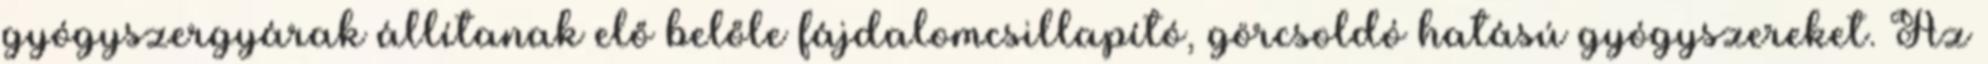
gyógyszergyárak állítanak elő belőle fájdalomcsillapító, görcsoldó hatású gyógyszereket. Az